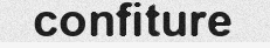
confiture